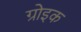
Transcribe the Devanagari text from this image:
ग्रोइक